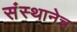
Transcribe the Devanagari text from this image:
संस्थानेच